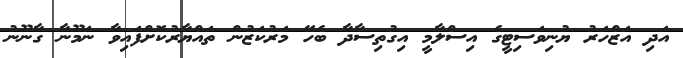
އަދި އަޒްހަރު ޔުނިވަސިޓީގެ އިސްލާމީ އިގުތިސާދާ ބެހޭ މަރުކަޒުން ތައްޔާރުކޮށްފައިވާ ނަމޫނާ ގާނޫނު